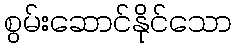
စွမ်းဆောင်နိုင်သော